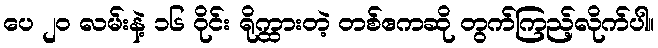
ပေ ၂၀ လမ်းနဲ့ ၁၆ ဝိုင်း ရိုက္ထားတဲ့ တစ်ဧကဆို တွက်ကြည့်လိုက်ပါ။